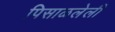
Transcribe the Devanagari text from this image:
पिसाळलेली